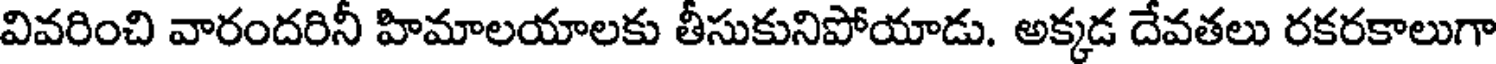
వివరించి వారందరినీ హిమాలయాలకు తీసుకునిపోయాడు. అక్కడ దేవతలు రకరకాలుగా